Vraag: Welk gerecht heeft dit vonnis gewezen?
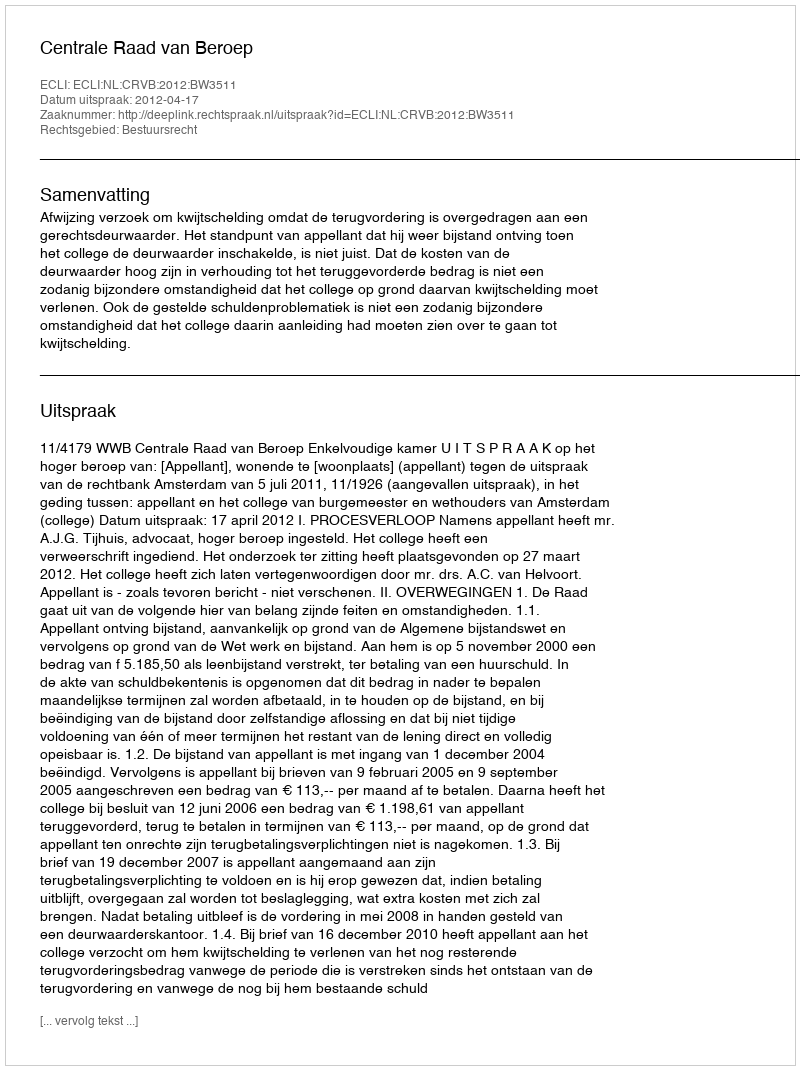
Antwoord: Centrale Raad van Beroep